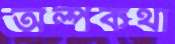
অল্পকথা